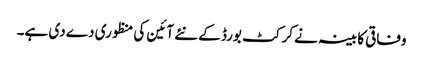
وفاقی کابینہ نے کرکٹ بورڈ کے نئے آئین کی منظوری دے دی ہے۔